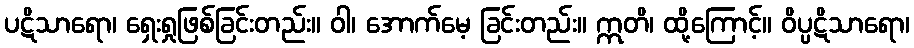
ပဋိသာရော၊ ရှေးရှုဖြစ်ခြင်းတည်း။ ဝါ၊ အောက်မေ့ ခြင်းတည်း။ ဣတိ၊ ထို့ကြောင့်။ ဝိပ္ပဋိသာရော၊